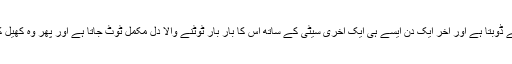
غیر اہم ہونے کا یہ احساس اسے لے ڈوبتا ہے اور آخر ایک دن ایسے ہی ایک آخری سیٹی کے ساتھ اس کا بار بار ٹوٹنے والا دل مکمل ٹوٹ جاتا ہے اور پھر وہ کھیل کی طرف دوبارہ کبھی نہیں دیکھتا۔